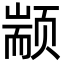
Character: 颛